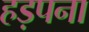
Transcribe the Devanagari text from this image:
हड़पना